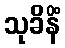
သုခိနိံ